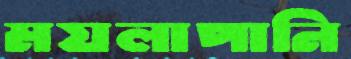
ময়লাপানি